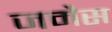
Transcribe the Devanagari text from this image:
जमैस